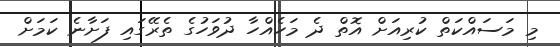
މި މަސައްކަތް ކުރިއަށް އޮތް ދެ މަހެއްހާ ދުވަހުގެ ތެރޭގައި ފަށާނެ ކަމަށް